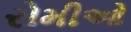
રોમીઓ